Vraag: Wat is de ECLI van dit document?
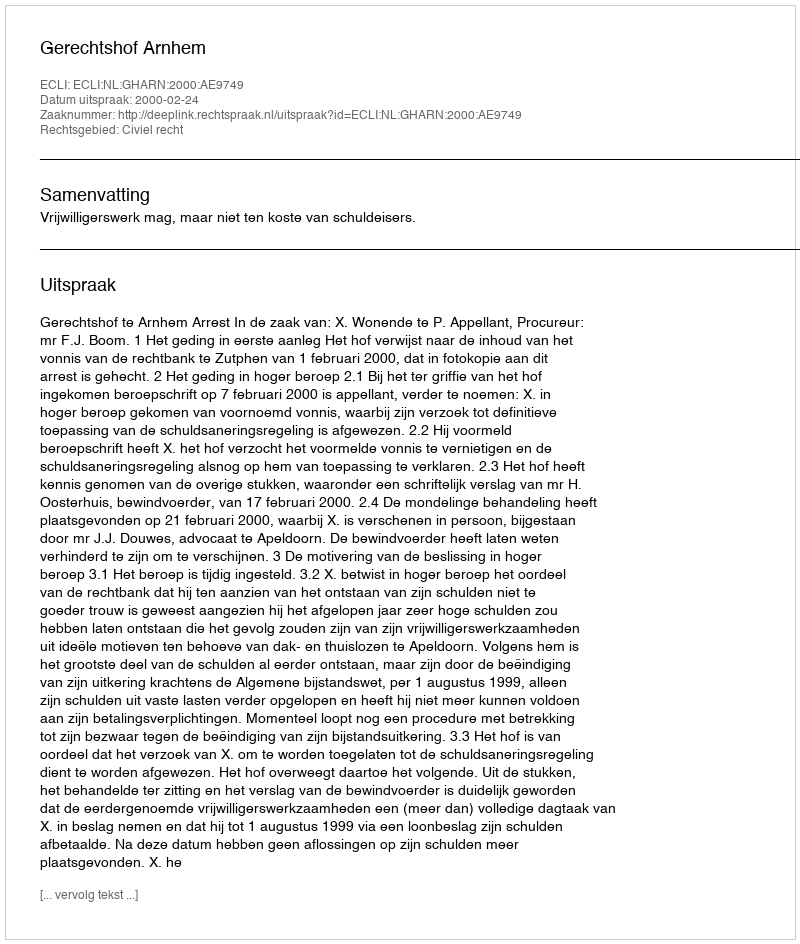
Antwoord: ECLI:NL:GHARN:2000:AE9749